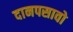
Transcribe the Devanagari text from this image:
दानपसावो